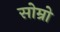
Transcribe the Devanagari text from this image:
सोम्रो